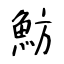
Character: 魴